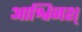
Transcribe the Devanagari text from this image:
आश्विनश्